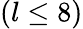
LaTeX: (l\leq 8)